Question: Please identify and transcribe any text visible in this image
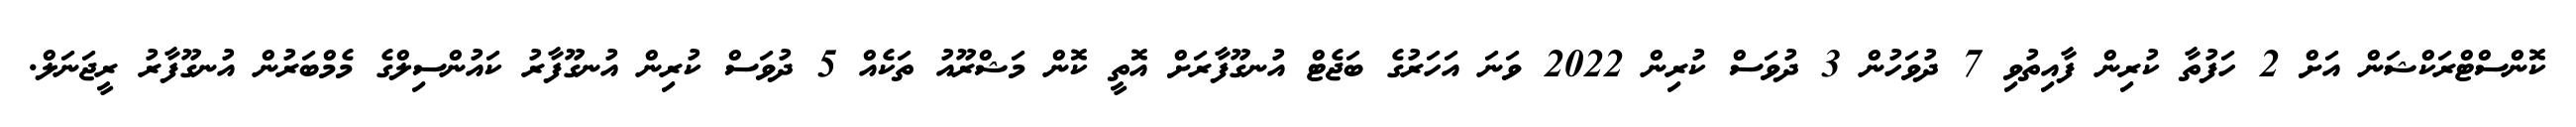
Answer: ކޮންސްޓްރަކްޝަން އަށް 2 ހަފުތާ ކުރިން ފާއިތުވި 7 ދުވަހުން 3 ދުވަސް ކުރިން 2022 ވަނަ އަހަރުގެ ބަޖެޓް އުނގޫފާރަށް އޮތީ ކޮން މަޝްރޫއު ތަކެއް 5 ދުވަސް ކުރިން އުނގޫފާރު ކައުންސިލްގެ މެމްބަރުން އުނގޫފާރު ރީޖަނަލް.